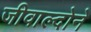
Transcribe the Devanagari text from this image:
जीवाल्दोने